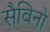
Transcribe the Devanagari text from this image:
सैविनो